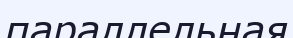
параллельная